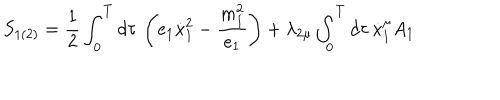
S _ { 1 ( 2 ) } = \frac 1 2 \int _ { 0 } ^ { T } d \tau \, \left( e _ { 1 } \dot { x } _ { 1 } ^ { 2 } - \frac { m _ { 1 } ^ { 2 } } { e _ { 1 } } \right) + \lambda _ { 2 \mu } \int _ { 0 } ^ { T } d \tau \, \dot { x } _ { 1 } ^ { \mu } A _ { 1 }